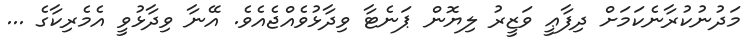
މަދުނުކުރާނެކަމަށް ދިފާޢީ ވަޒީރު ލިޔޮން ޕަނެޓާ ވިދާޅުވެއްޖެއެވެ. އޭނާ ވިދާޅުވީ އެމެރިކާގެ ...